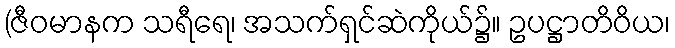
(ဇီဝမာနက သရီရေ၊ အသက်ရှင်ဆဲကိုယ်၌။ ဥပဋ္ဌာတိဝိယ၊